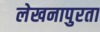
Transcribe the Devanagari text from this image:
लेखनापुरता